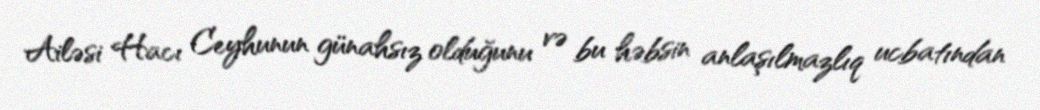
Ailəsi Hacı Ceyhunun günahsız olduğunu və bu həbsin anlaşılmazlıq ucbatından